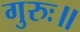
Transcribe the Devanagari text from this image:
गुरुः॥